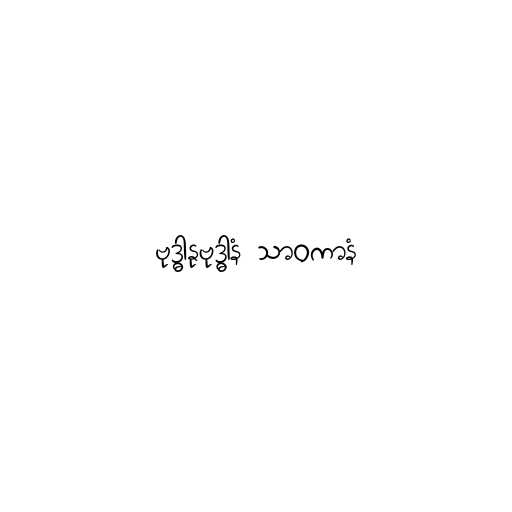
ဗုဒ္ဓါနုဗုဒ္ဓါနံ သာဝကာနံ